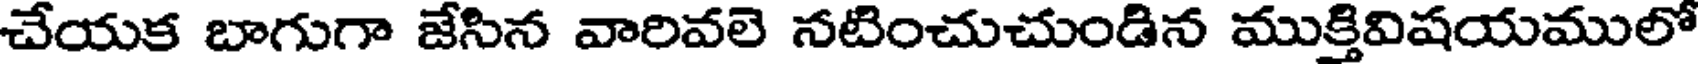
చేయక బాగుగా జేసిన వారివలె నటించుచుండిన ముక్తివిషయములో